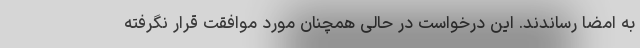
به امضا رساندند. این درخواست در حالی همچنان مورد موافقت قرار نگرفته